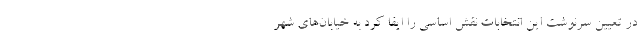
در تعیین سرنوشت این انتخابات نقش اساسی را ایفا کرد به خیابان‌های شهر